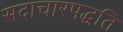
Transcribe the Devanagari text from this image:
सदाचारपद्धति